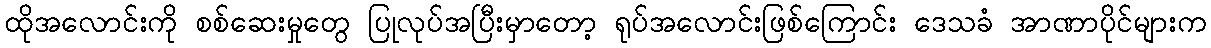
ထိုအလောင်းကို စစ်ဆေးမှုတွေ ပြုလုပ်အပြီးမှာတော့ ရုပ်အလောင်းဖြစ်ကြောင်း ဒေသခံ အာဏာပိုင်များက